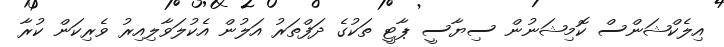
އިލެކްޝަންސް ކޮމިޝަނުން ސިޔާސީ ޕާޓީ ތަކުގެ ދަފްތަރު އަލުން އެކުލަވާލިއިރު ވެރިކަން ކުރާ